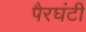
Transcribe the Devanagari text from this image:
पैरघंटी